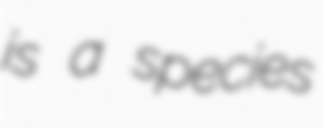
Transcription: is a species